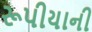
રૂપીયાની